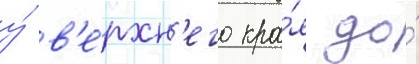
у́ в'е́рхн'его кра́я до́